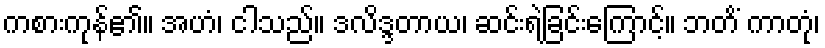
ကစားကုန်၏။ အဟံ၊ ငါသည်။ ဒလိဒ္ဒတာယ၊ ဆင်းရဲခြင်းကြောင့်။ ဘတိံ ကာတုံ၊